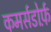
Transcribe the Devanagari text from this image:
कमर्सडोर्फ़